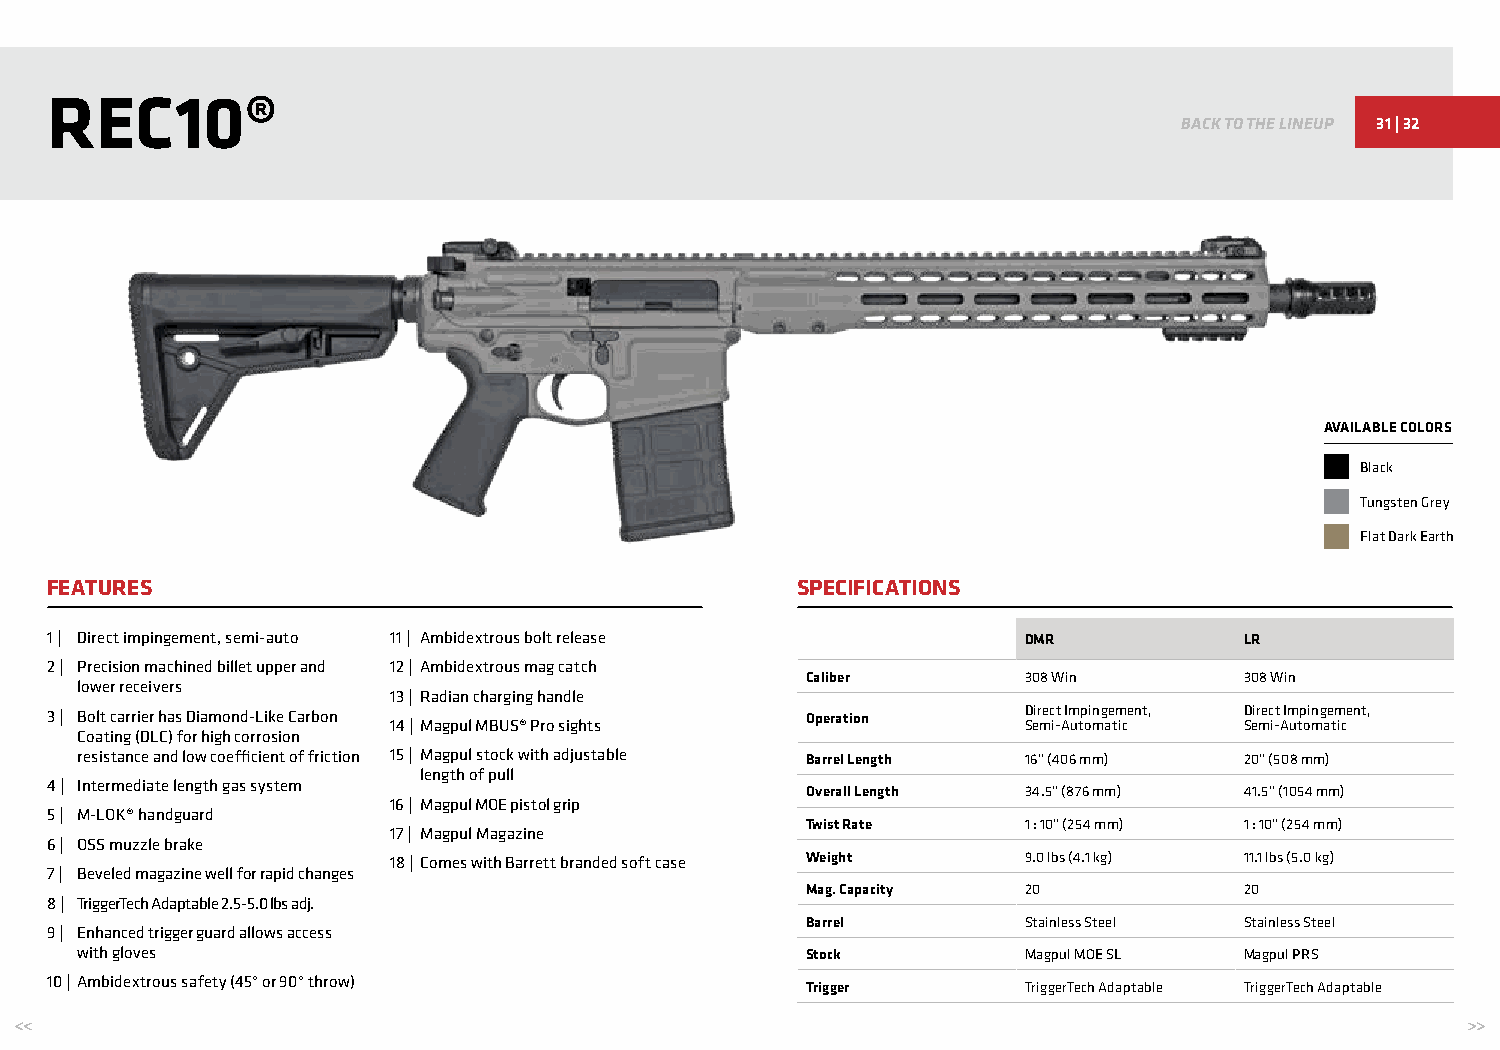
REC10®
 BACK TO THE LINEUP 31 | 32
 AVAILABLE COLORS
 Black
 Tungsten Grey
 Flat Dark Earth
 FEATURES                                          SPECIFICATIONS
 1 | Direct impingement, semi-auto 11 | Ambidextrous bolt release DMR           LR
 2 | Precision machined billet upper and 12 | Ambidextrous mag catch
 Caliber        308 Win       308 Win
 lower receivers
 13 | Radian charging handle
 3 | Bolt carrier has Diamond-Like Carbon 14 | Magpul MBUS® Pro sights Operation D Seir mec i-t AIm utp oin mg ae tm icent, D Seir mec i-t AIm utp oin mg ae tm icent,
 Coating (DLC) for high corrosion
 resistance and low coefficient of friction 15 | Magpul stock with adjustable Barrel Length 16” (406 mm) 20” (508 mm)
 length of pull
 4 | Intermediate length gas system
 Overall Length 34.5” (876 mm) 41.5” (1054 mm)
 16 | Magpul MOE pistol grip
 5 | M-LOK® handguard
 Twist Rate     1 : 10” (254 mm) 1 : 10” (254 mm)
 17 | Magpul Magazine
 6 | OSS muzzle brake
 18 | Comes with Barrett branded soft case Weight 9.0 lbs (4.1 kg) 11.1 lbs (5.0 kg)
 7 | Beveled magazine well for rapid changes
 Mag. Capacity  20            20
 8 | TriggerTech Adaptable 2.5-5.0 lbs adj.
 Barrel         Stainless Steel Stainless Steel
 9 | Enhanced trigger guard allows access
 with gloves                                     Stock          Magpul MOE SL Magpul PRS
 10 | Ambidextrous safety (45° or 90° throw)       Trigger        TriggerTech Adaptable TriggerTech Adaptable